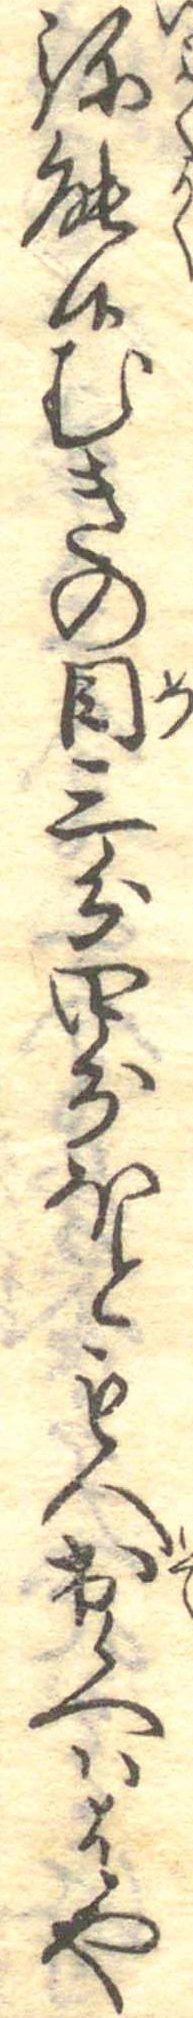
弥能候むきの目三分四分ほとも入出候へははや